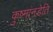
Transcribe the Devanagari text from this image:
कुष्मांनडेति